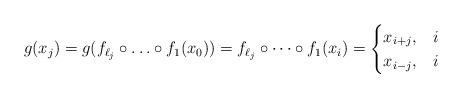
LaTeX: \begin{align*}g(x_j)=g(f_{\ell_j}\circ\dotsc\circ f_1(x_0))=f_{\ell_j}\circ\dotsb\circ f_1(x_i)=\begin{cases}x_{i+j},&i\\x_{i-j},&i\end{cases}\end{align*}